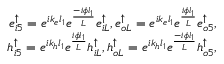
\begin{array} { r } { e _ { i 5 } ^ { \uparrow } = e ^ { i k _ { e } l _ { 1 } } e ^ { \frac { - i \phi l _ { 1 } } { L } } e _ { i L } ^ { \uparrow } , e _ { o L } ^ { \uparrow } = e ^ { i k _ { e } l _ { 1 } } e ^ { \frac { i \phi l _ { 1 } } { L } } e _ { o 5 } ^ { \uparrow } , } \\ { h _ { i 5 } ^ { \uparrow } = e ^ { i k _ { h } l _ { 1 } } e ^ { \frac { i \phi l _ { 1 } } { L } } h _ { i L } ^ { \uparrow } , h _ { o L } ^ { \uparrow } = e ^ { i k _ { h } l _ { 1 } } e ^ { \frac { - i \phi l _ { 1 } } { L } } h _ { o 5 } ^ { \uparrow } , } \end{array}